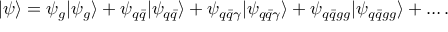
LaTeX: | \psi \rangle = \psi _ { g } | \psi _ { g } \rangle + \psi _ { q \bar { q } } | \psi _ { q \bar { q } } \rangle + \psi _ { q \bar { q } \gamma } | \psi _ { q \bar { q } \gamma } \rangle + \psi _ { q \bar { q } g g } | \psi _ { q \bar { q } g g } \rangle + \ldots .